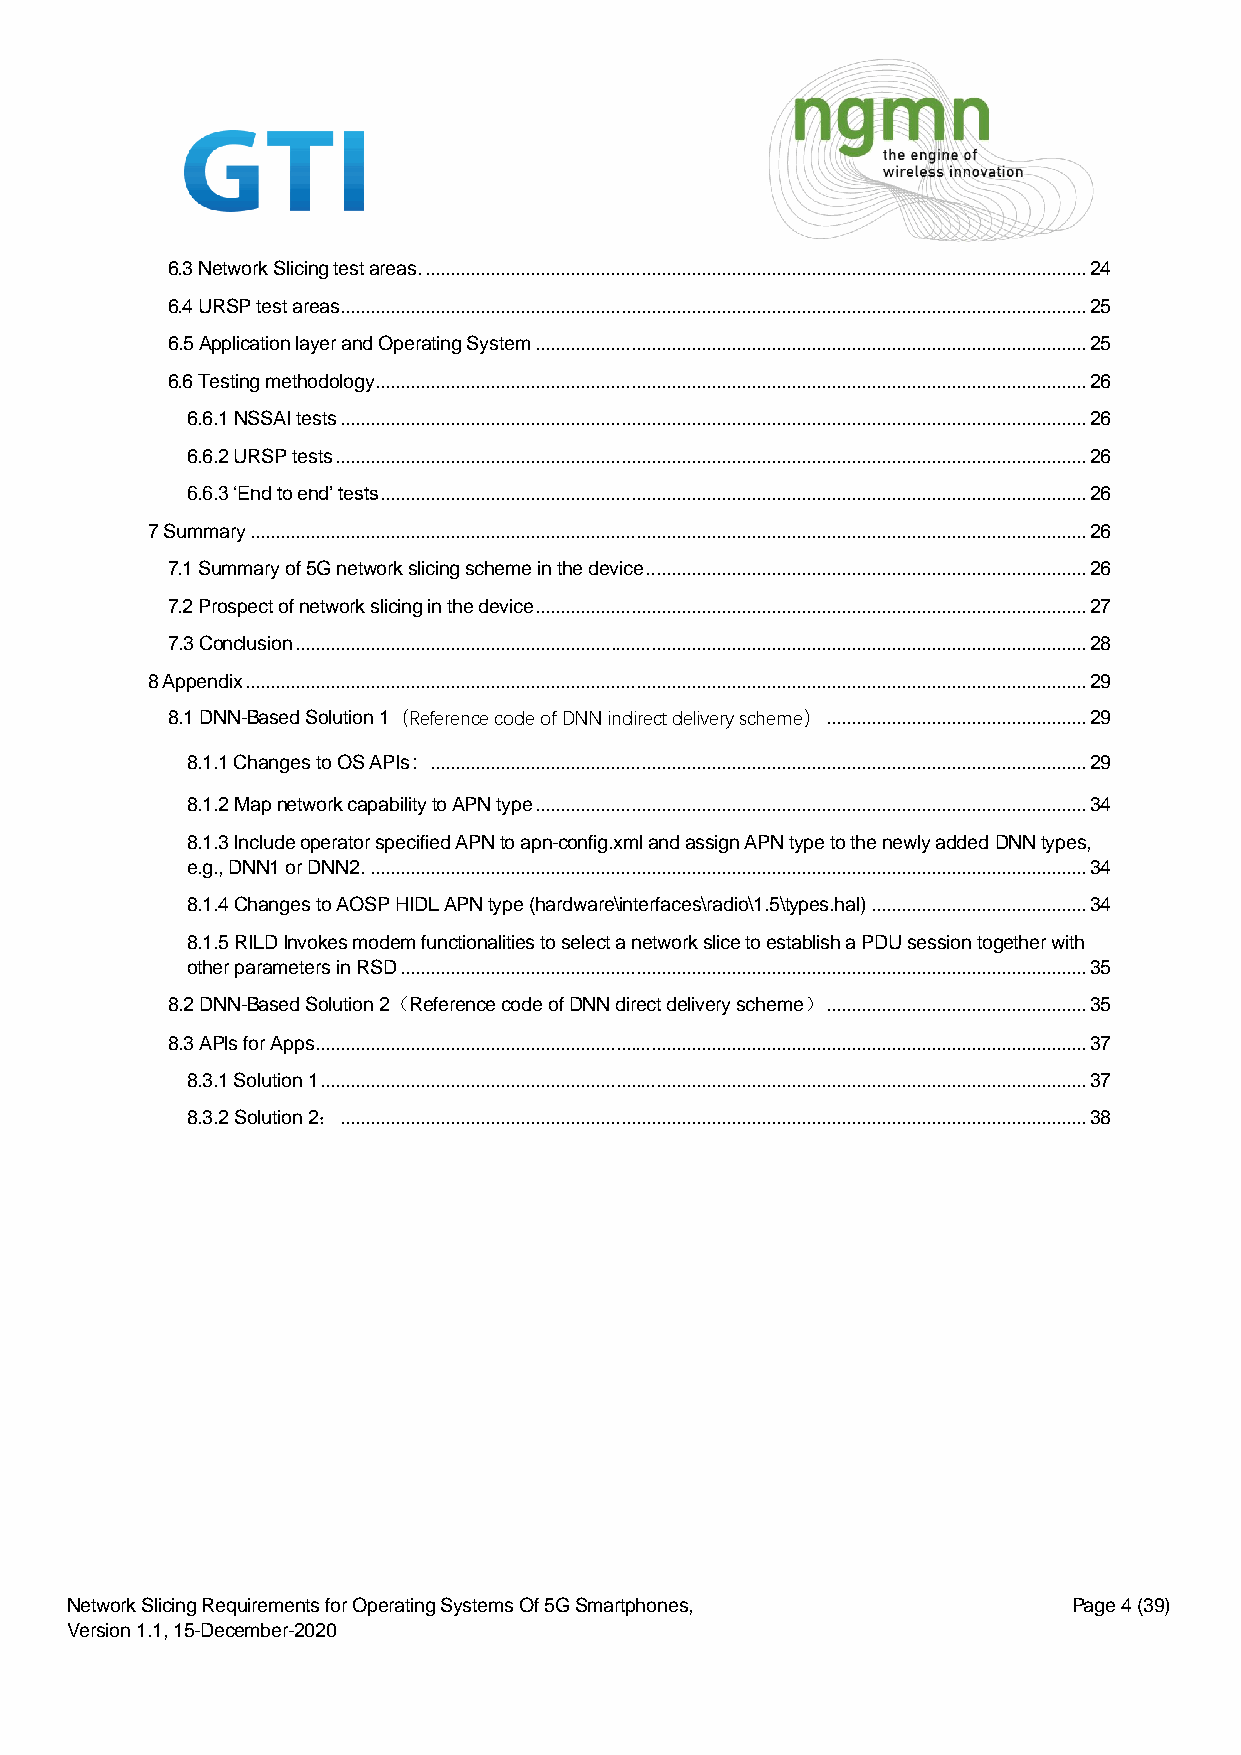
6.3 Network Slicing test areas. .................................................................................................................................... 24
 6.4 URSP test areas..................................................................................................................................................... 25
 6.5 Application layer and Operating System .............................................................................................................. 25
 6.6 Testing methodology .............................................................................................................................................. 26
 6.6.1 NSSAI tests ..................................................................................................................................................... 26
 6.6.2 URSP tests ...................................................................................................................................................... 26
 6.6.3 ‘End to end’ tests ............................................................................................................................................. 26
 7 Summary ....................................................................................................................................................................... 26
 7.1 Summary of 5G network slicing scheme in the device ........................................................................................ 26
 7.2 Prospect of network slicing in the device .............................................................................................................. 27
 7.3 Conclusion .............................................................................................................................................................. 28
 8 Appendix ........................................................................................................................................................................ 29
 8.1 DNN-Based Solution 1（Reference code of DNN indirect delivery scheme） .................................................... 29
 8.1.1 Changes to OS APIs： ................................................................................................................................... 29
 8.1.2 Map network capability to APN type .............................................................................................................. 34
 8.1.3 Include operator specified APN to apn-config.xml and assign APN type to the newly added DNN types,
 e.g., DNN1 or DNN2. ............................................................................................................................................... 34
 8.1.4 Changes to AOSP HIDL APN type (hardware\interfaces\radio\1.5\types.hal) ........................................... 34
 8.1.5 RILD Invokes modem functionalities to select a network slice to establish a PDU session together with
 other parameters in RSD ......................................................................................................................................... 35
 8.2 DNN-Based Solution 2（Reference code of DNN direct delivery scheme） .................................................... 35
 8.3 APIs for Apps .......................................................................................................................................................... 37
 8.3.1 Solution 1 ......................................................................................................................................................... 37
 8.3.2 Solution 2： ..................................................................................................................................................... 38
 Network Slicing Requirements for Operating Systems Of 5G Smartphones, Page 4 (39)
 Version 1.1, 15-December-2020